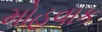
મોહવાક